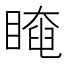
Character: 𥉱